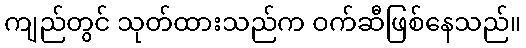
ကျည်တွင် သုတ်ထားသည်က ဝက်ဆီဖြစ်နေသည်။